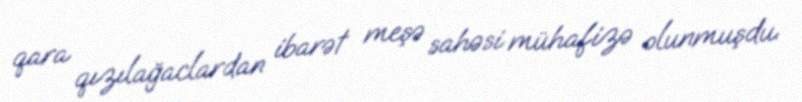
qara qızılağaclardan ibarət meşə sahəsi mühafizə olunmuşdu.